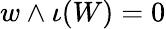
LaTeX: w\wedge\iota(W)=0